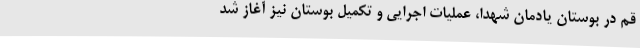
قم در بوستان یادمان شهدا، عملیات اجرایی و تکمیل بوستان نیز آغاز شد